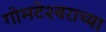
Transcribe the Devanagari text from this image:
गोमटेश्‍वराच्या